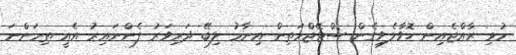
މުޅި ރާއްޖެއިން ހޮވާލެވިގެން ސްޓޭޖްމަތިން އިނާމު ލިބޭ ދަރިވަރު ފެންނައިރު އެއީ ތިމަންނަ